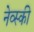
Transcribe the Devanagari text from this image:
नेव्स्की